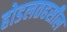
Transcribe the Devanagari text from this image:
होडलतहसील